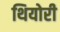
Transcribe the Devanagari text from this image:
थियोरी